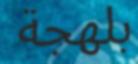
بلھجة